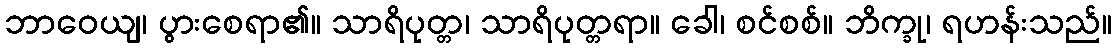
ဘာဝေယျ၊ ပွားစေရာ၏။ သာရိပုတ္တ၊ သာရိပုတ္တရာ။ ခေါ၊ စင်စစ်။ ဘိက္ခု၊ ရဟန်းသည်။